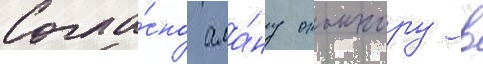
Согла́сно ала́ну оконнору в